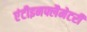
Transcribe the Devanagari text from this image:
एंटीइनफ्लैमेटरी